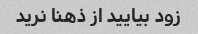
زود بیایید از ذهنا نرید